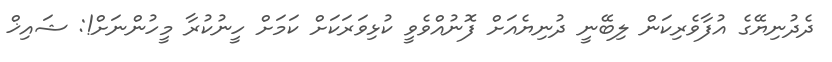
ދެދުނިޔޭގެ އުފާވެރިކަން ލިބޭނީ ދުނިޔެއަށް ފޮނުއްވެވީ ކުޅިވަރަކަށް ކަމަށް ހީނުކުރާ މީހުންނަށް!: ޝައިޚް